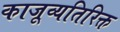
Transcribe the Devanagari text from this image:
काजूव्यतिरिक्त